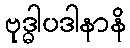
ဗုဒ္ဓါပဒါနာနိ